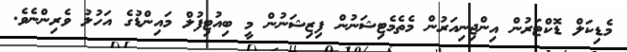
މެޑިކަލް ޑޮކްޓަރުން އިންޖިނިއަރުން މެތެމެޓިޝަނުން ފިޒިޝަނުން މީ ބިއުޓިފުލް މައިންޑުގެ އަހުލު ވެރިންނެވެ.